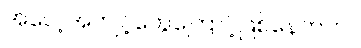
အလေ့အကျင့်တွေကြောင့်ဖြစ်နေတာပါ။